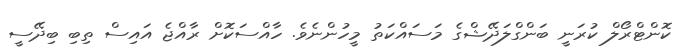
ކޮންޓްރޯލް ކުރަނީ ބަންގްލަދޭޝްގެ މަސައްކަތު މީހުންނެވެ. ހާއްސަކޮށް ރާއްޖެ އައިސް ތިބި ބިދޭސީ